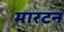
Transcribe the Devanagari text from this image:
मारटन